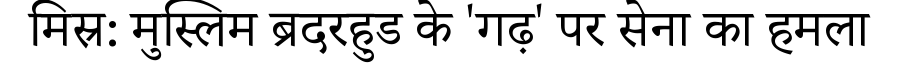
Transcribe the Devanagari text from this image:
मिस्र: मुस्लिम ब्रदरहुड के 'गढ़' पर सेना का हमला